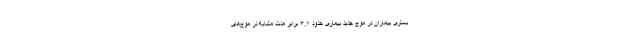
بستری بیماران در موج جدید بیماری حدود ۳.۷ برابر مدت مشابه در موج‌های